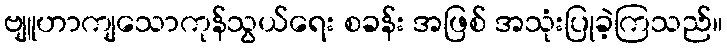
ဗျူဟာကျသောကုန်သွယ်ရေး စခန်း အဖြစ် အသုံးပြုခဲ့ကြသည်။